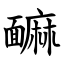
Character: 䩋